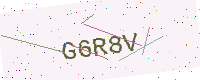
Text: G6R8V